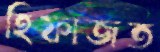
হিফাজত